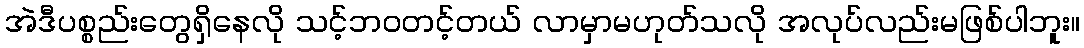
အဲဒီပစ္စည်းတွေရှိနေလို သင့်ဘဝတင့်တယ် လာမှာမဟုတ်သလို အလုပ်လည်းမဖြစ်ပါဘူး။